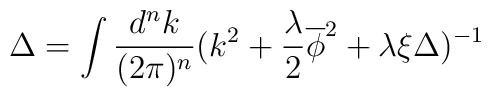
\Delta = \int \frac{d^nk}{(2\pi)^n}(k^2+\frac{\lambda}{2}\overline\phi^2+\lambda\xi\Delta)^{-1}